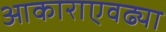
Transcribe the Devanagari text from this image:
आकाराएवढ्या